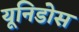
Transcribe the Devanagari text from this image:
यूनिडोस